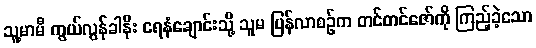
သူ့မာမီ ကွယ်လွန်ခါနီး ရေနံချောင်းသို့ သူမ ပြန်လာစဉ်က တင်တင်ဇော်ကို ကြည့်ခဲ့သော